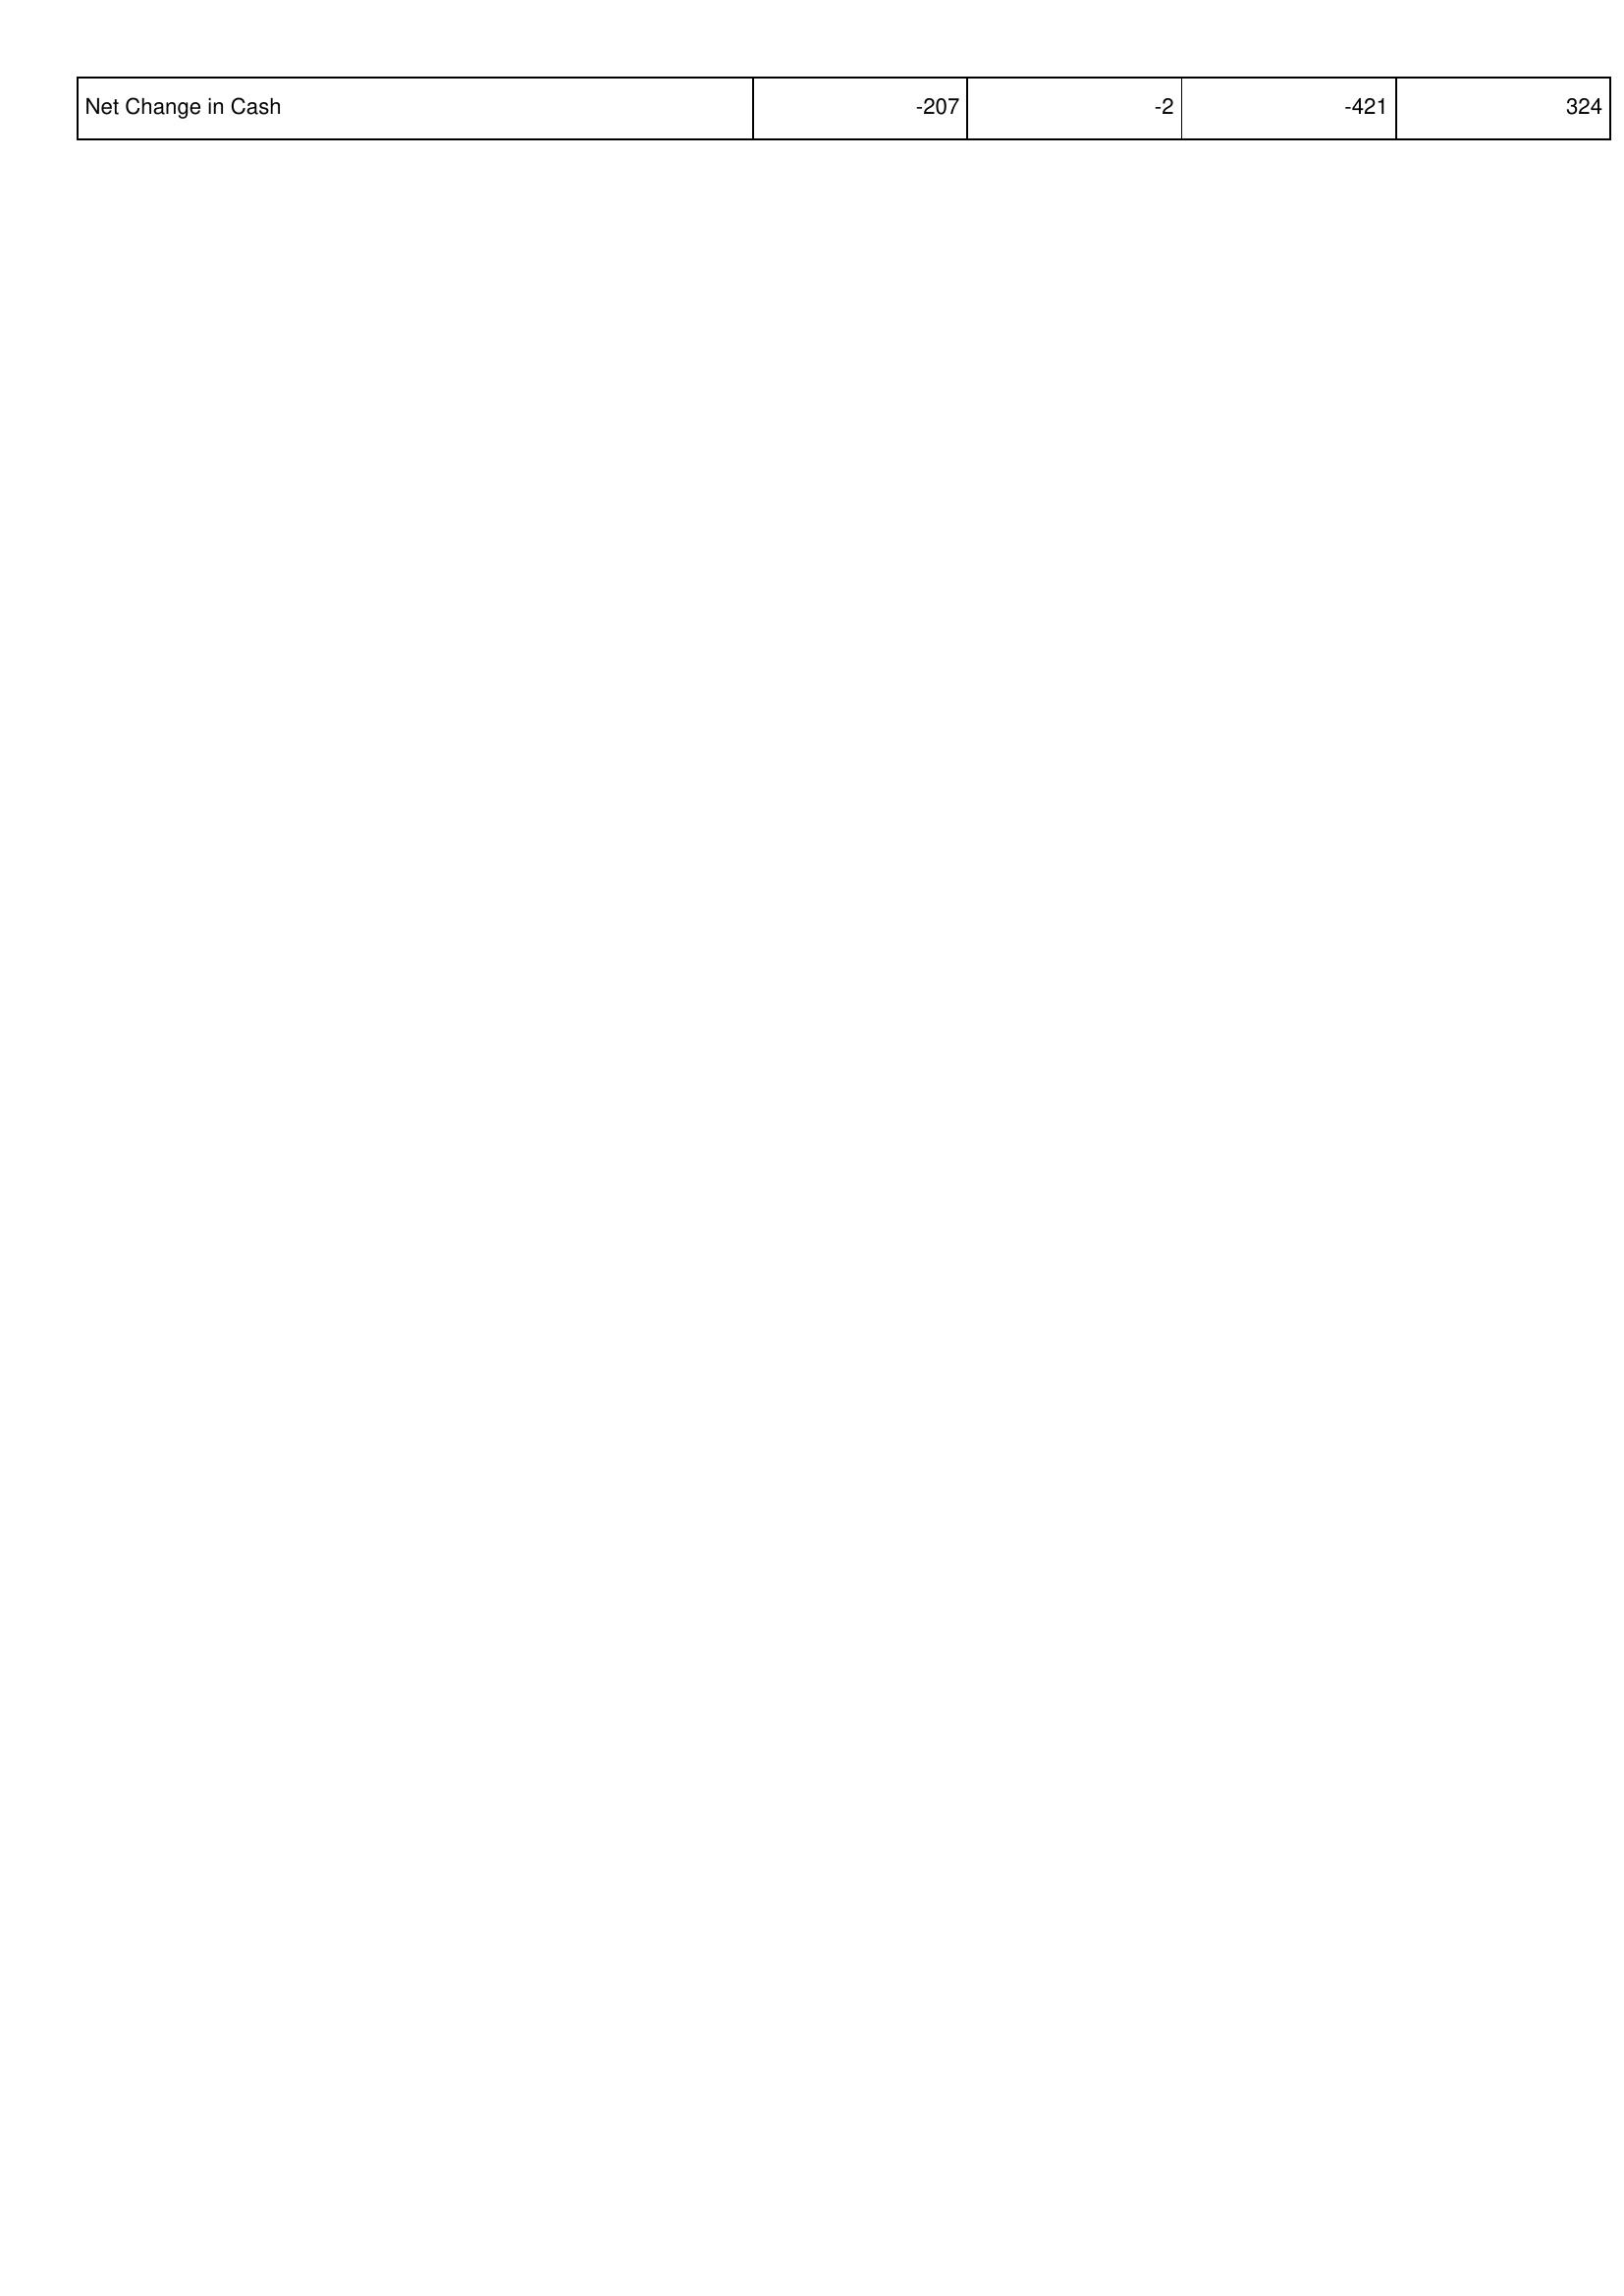
2014: Financing Activities: Net Change in Cash: -207
2013: Financing Activities: Net Change in Cash: -2
2012: Financing Activities: Net Change in Cash: -421
2011: Financing Activities: Net Change in Cash: 324